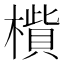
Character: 𣚁